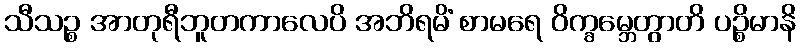
သီသဉ္စ အာတုရီဘူတကာလေပိ အဘိရမိံ စာမရေ ဝိက္ခမ္ဘေတွာတိ ပဉ္စိမာနိ